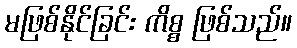
မဖြစ်နိုင်ခြင်း ကိစ္စ ဖြစ်သည်။